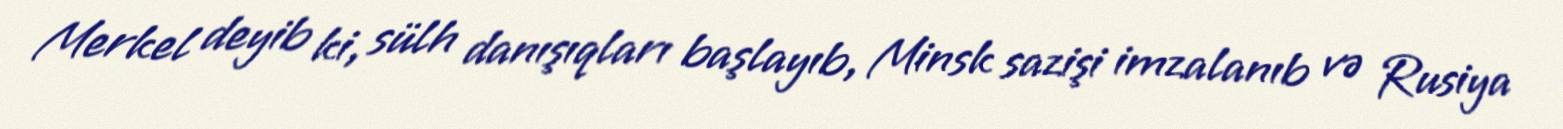
Merkel deyib ki, sülh danışıqları başlayıb, Minsk sazişi imzalanıb və Rusiya